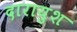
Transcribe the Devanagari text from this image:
दारायुश